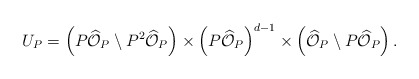
\begin{align*} U_P = \left( P \widehat{\mathcal{O}}_P \setminus P^2 \widehat{\mathcal{O}}_P \right) \times \left(P \widehat{\mathcal{O}}_P \right)^{d-1} \times \left( \widehat{\mathcal{O}}_P \setminus P \widehat{\mathcal{O}}_P \right). \end{align*}